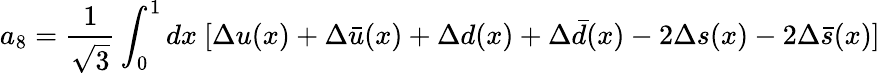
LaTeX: a_{8}={\frac{1}{\sqrt{3}}}\int_{0}^{1}dx~[\Delta u(x)+\Delta\bar{u}(x)+\Delta d(x)+\Delta\bar{d}(x)-2\Delta s(x)-2\Delta\bar{s}(x)]